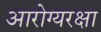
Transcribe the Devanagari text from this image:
आरोग्यरक्षा